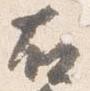
右